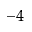
^ { - 4 }